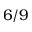
6 / 9